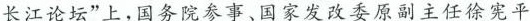
长江论坛”上，国务院参事、国家发改委原副主任徐宪平